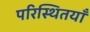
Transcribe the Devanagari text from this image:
परिस्थितयाँ